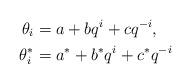
LaTeX: \begin{align*}\theta_i & = a + bq^i + cq^{-i}, \\\theta^*_i & = a^* + b^*q^i + c^*q^{-i} \end{align*}